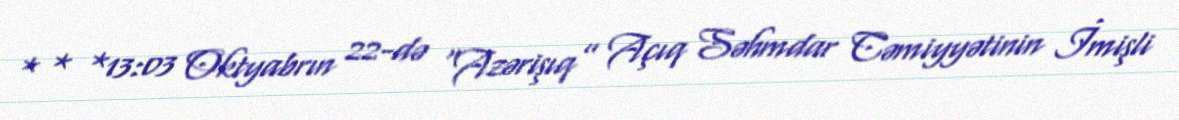
* * *13:03 Oktyabrın 22-də “Azərişıq” Açıq Səhmdar Cəmiyyətinin İmişli